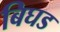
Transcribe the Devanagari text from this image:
बिघड